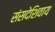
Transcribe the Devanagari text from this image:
संसदेशिवाय